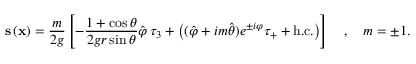
{ \bf s } \left( { \bf x } \right) = \frac { m } { 2 g } \left[ - \frac { 1 + \cos \theta } { 2 g r \sin \theta } \hat { \varphi } \, \tau _ { 3 } + \left( ( \hat { \varphi } + i m \hat { \theta } ) e ^ { \pm i \varphi } \tau _ { + } + \mathrm { h . c . } \right) \right] \quad , \quad m = \pm 1 .